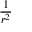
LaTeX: \textstyle { \frac { 1 } { r ^ { 2 } } }